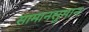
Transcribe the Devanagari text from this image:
सामानसुमान